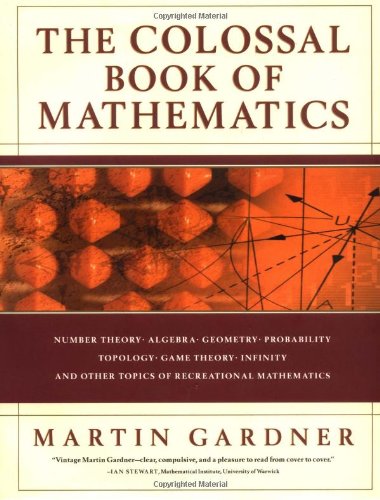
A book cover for The Colossal Book of Mathematics: Classic Puzzles, Paradoxes, and Problems; Martin Gardner; Humor & Entertainment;